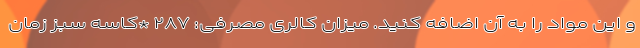
و این مواد را به آن اضافه کنید. میزان کالری مصرفی: ۲۸۷ *کاسه سبز زمان